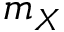
m _ { X }